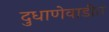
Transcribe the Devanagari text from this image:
दुधाणेवाडीत